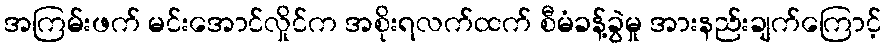
အကြမ်းဖက် မင်းအောင်လှိုင်က အစိုးရလက်ထက် စီမံခန့်ခွဲမှု အားနည်းချက်ကြောင့်